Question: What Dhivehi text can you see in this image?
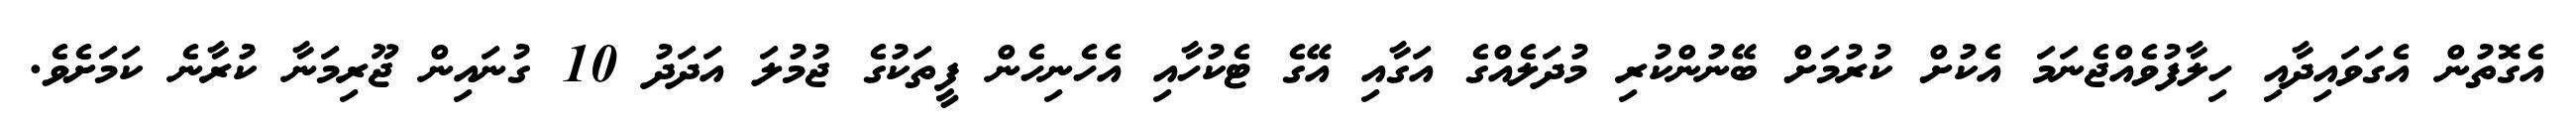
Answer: އެގޮތުން އެގަވައިދާއި ހިލާފުވެއްޖެނަމަ އެކުށް ކުރުމަށް ބޭނުންކުރި މުދަލެއްގެ އަގާއި އޭގެ ޓެކުހާއި އެހެނިހެން ފީތަކުގެ ޖުމުލަ އަދަދު 10 ގުނައިން ޖޫރިމަނާ ކުރާނެ ކަމަށެވެ.